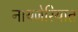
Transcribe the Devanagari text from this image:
नायजेरियात